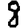
Digit: 8